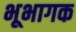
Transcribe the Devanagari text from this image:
भूभागक